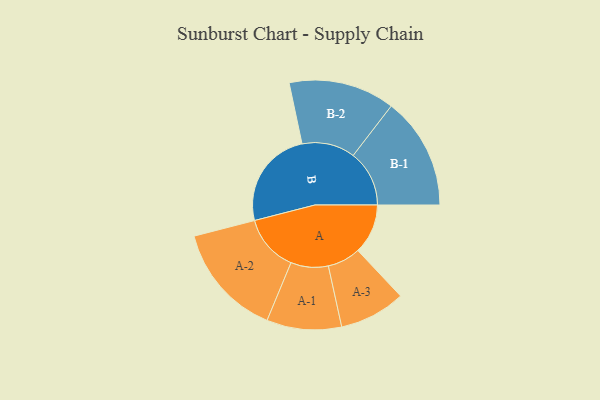
{"axis": {"x": "Segment", "y": "Value"}, "legend": ["", "A", "B"], "data": [{"x": "A", "y": 230, "type": ""}, {"x": "B", "y": 455, "type": ""}, {"x": "A-1", "y": 172, "type": "A"}, {"x": "A-2", "y": 261, "type": "A"}, {"x": "A-3", "y": 152, "type": "A"}, {"x": "B-1", "y": 258, "type": "B"}, {"x": "B-2", "y": 244, "type": "B"}]}